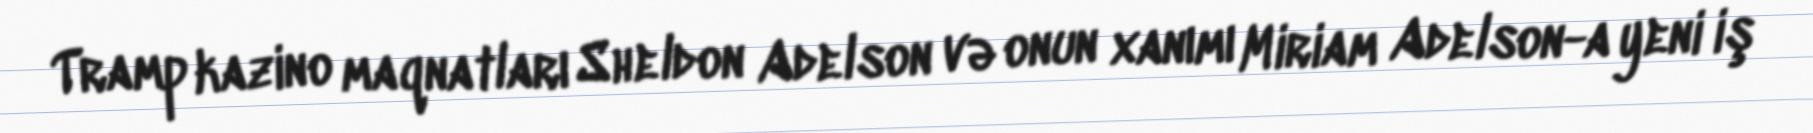
Tramp kazino maqnatları Sheldon Adelson və onun xanımı Miriam Adelson-a yeni iş